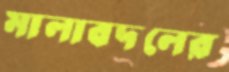
মালাবদলের